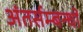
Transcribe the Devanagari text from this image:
अंतर्सम्बन्धों